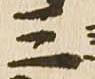
三